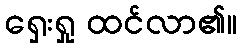
ရှေးရှု ထင်လာ၏။